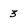
Character: 3